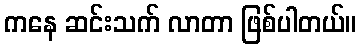
ကနေ ဆင်းသက် လာတာ ဖြစ်ပါတယ်။